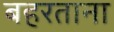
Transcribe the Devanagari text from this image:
बहरताना